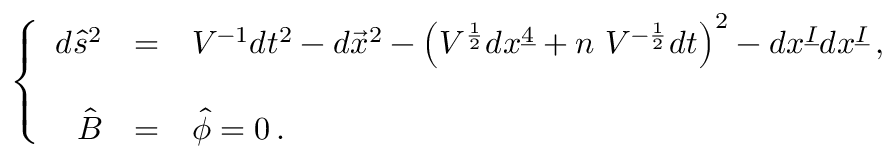
\left\{ \begin{array} { r c l } { { d \hat { s } ^ { 2 } } } & { { = } } & { { V ^ { - 1 } d t ^ { 2 } - d \vec { x } ^ { 2 } - \left( V ^ { \frac { 1 } { 2 } } d x ^ { \underline { { { 4 } } } } + n \ V ^ { - \frac { 1 } { 2 } } d t \right) ^ { 2 } - d x ^ { \underline { { { I } } } } d x ^ { \underline { { { I } } } } \, , } } \\ { { } } & { { } } & { { } } \\ { { \hat { B } } } & { { = } } & { { \hat { \phi } = 0 \, . } } \end{array} \right.